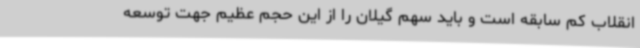
انقلاب کم سابقه است و باید سهم گیلان را از این حجم عظیم جهت توسعه